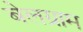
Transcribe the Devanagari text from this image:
बेलग्राम